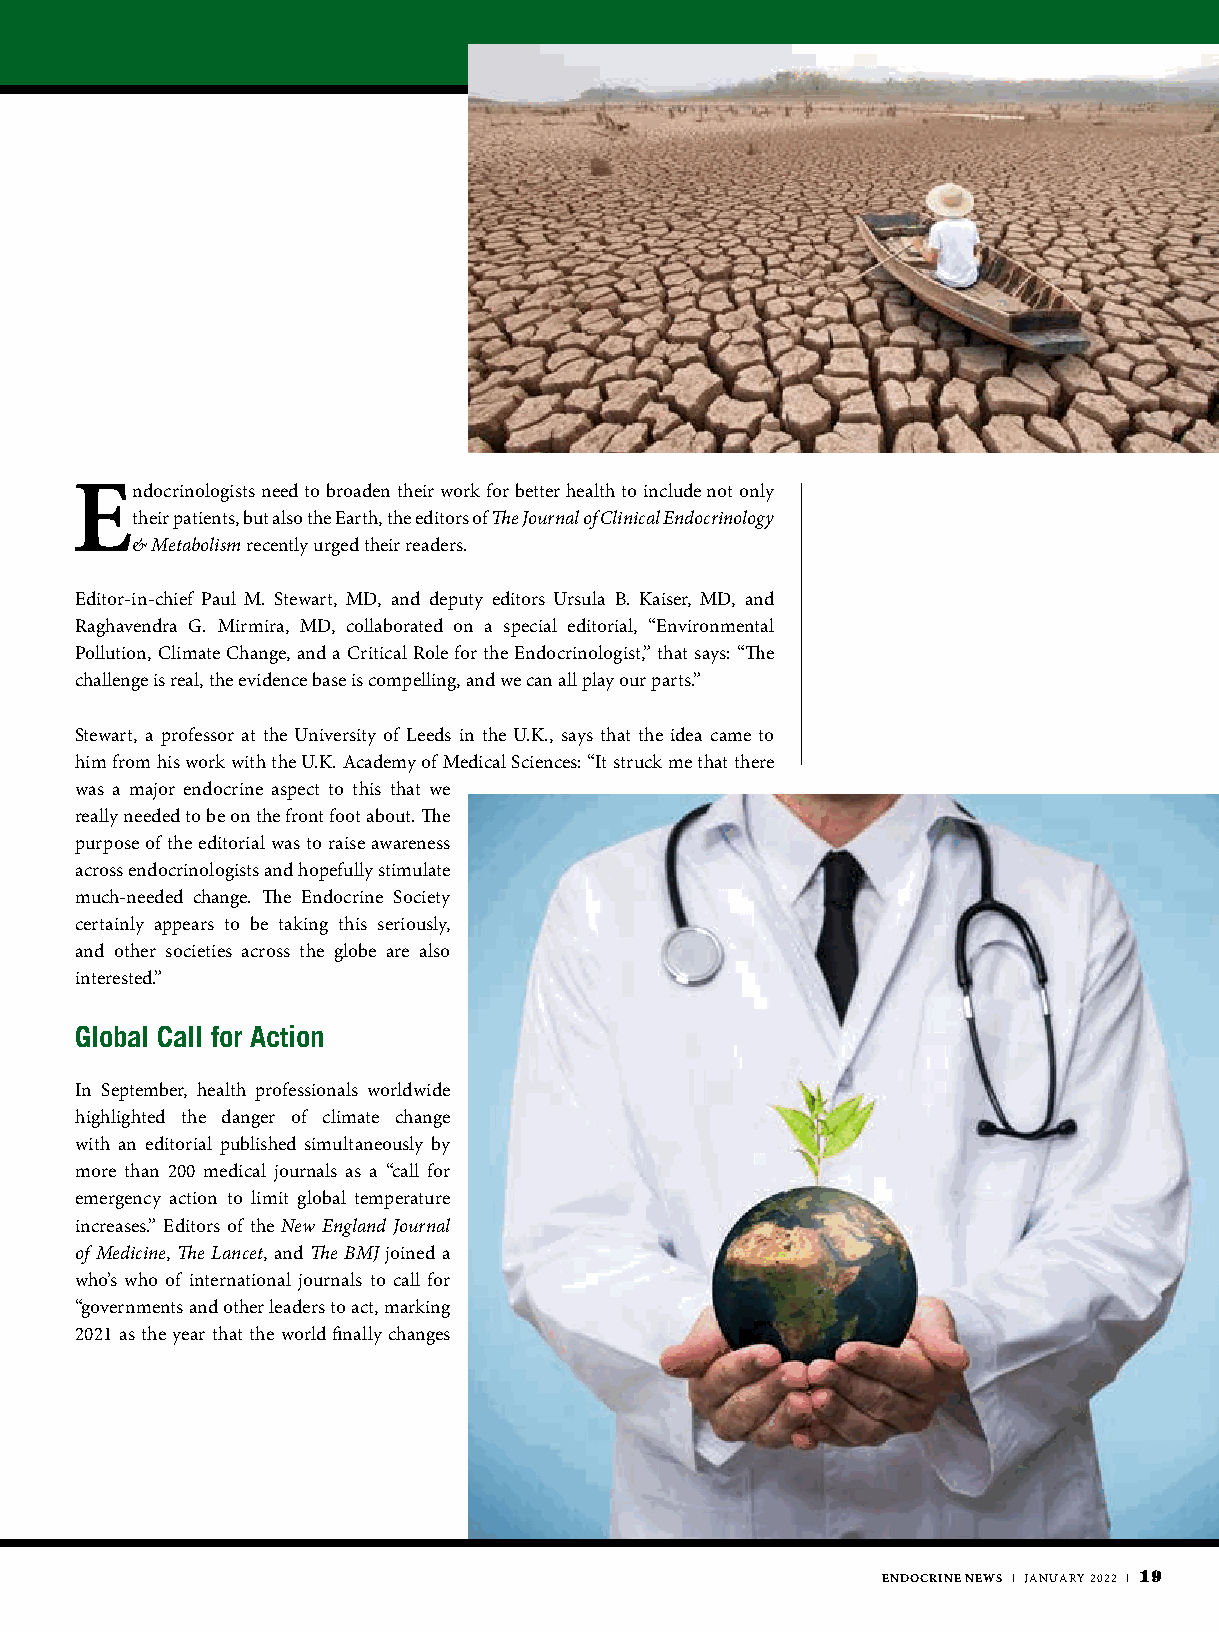
Endocrinologists need to broaden their work for better health to include not only
 their patients, but also the Earth, the editors of The Journal of Clinical Endocrinology
 & Metabolism recently urged their readers.
 Editor-in-chief Paul M. Stewart, MD, and deputy editors Ursula B. Kaiser, MD, and
 Raghavendra G. Mirmira, MD, collaborated on a special editorial, “Environmental
 Pollution, Climate Change, and a Critical Role for the Endocrinologist,” that says: “The
 challenge is real, the evidence base is compelling, and we can all play our parts.”
 Stewart, a professor at the University of Leeds in the U.K., says that the idea came to
 him from his work with the U.K. Academy of Medical Sciences: “It struck me that there
 was a major endocrine aspect to this that we
 really needed to be on the front foot about. The
 purpose of the editorial was to raise awareness
 across endocrinologists and hopefully stimulate
 much-needed change. The Endocrine Society
 certainly appears to be taking this seriously,
 and other societies across the globe are also
 interested.”
 Global Call for Action
 In September, health professionals worldwide
 highlighted the danger of climate change
 with an editorial published simultaneously by
 more than 200 medical journals as a “call for
 emergency action to limit global temperature
 increases.” Editors of the New England Journal
 of Medicine, The Lancet, and The BMJ joined a
 who’s who of international journals to call for
 “governments and other leaders to act, marking
 2021 as the year that the world finally changes
 ENDOCRINE NEWS | JANUARY 2022 | 19